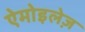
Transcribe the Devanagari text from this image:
ऐमोइलेज़